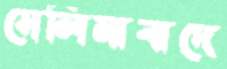
সেলিমাবাদে